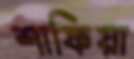
শাফিয়া